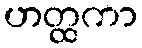
ဟတ္ထကာ